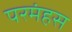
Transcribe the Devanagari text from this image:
परमंहस